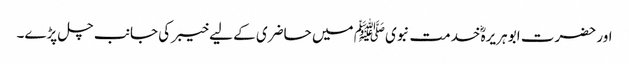
اور حضرت ابو ہریرہؓ خدمت نبویﷺ میں حاضری کے لیے خیبر کی جانب چل پڑے۔